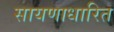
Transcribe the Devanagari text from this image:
सायणाधारित